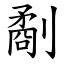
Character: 劀